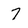
Character: 7